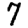
Digit: 7